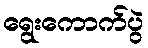
ရွေးကောက်ပွဲ